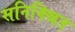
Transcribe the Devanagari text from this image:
सनिक्स्रित